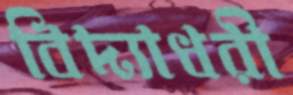
বিদ্যাধরী